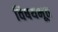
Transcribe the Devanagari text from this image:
विषयभूत